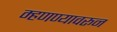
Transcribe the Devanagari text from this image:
म्हणण्यावरून